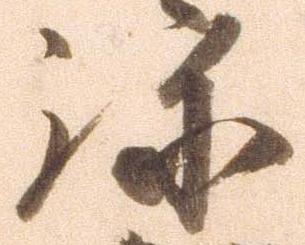
弥